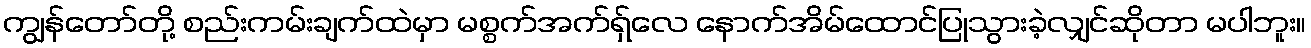
ကျွန်တော်တို့ စည်းကမ်းချက်ထဲမှာ မစ္စက်အက်ရှ်လေ နောက်အိမ်ထောင်ပြုသွားခဲ့လျှင်ဆိုတာ မပါဘူး။